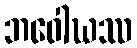
ဘဝေါဃဿ